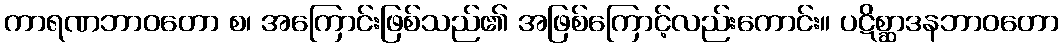
ကာရဏဘာဝတော စ၊ အကြောင်းဖြစ်သည်၏ အဖြစ်ကြောင့်လည်းကောင်း။ ပဋိစ္ဆာဒနဘာဝတော